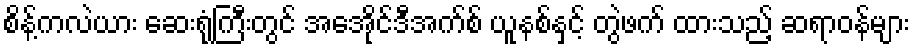
စိန့်ကလဲယား ဆေးရုံကြီးတွင် အေအိုင်ဒီအက်စ် ယူနစ်နှင့် တွဲဖက် ထားသည့် ဆရာဝန်များ